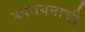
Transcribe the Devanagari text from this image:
उपनयनाची